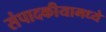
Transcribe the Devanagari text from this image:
संपादकीयामध्ये